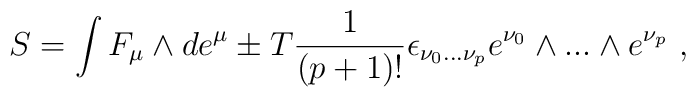
S=\int F_{\mu }\wedge de^{\mu }\pm T\frac{1}{(p+1)!}\epsilon _{\nu_{0}...\nu _{p}}e^{\nu _{0}}\wedge ...\wedge e^{\nu _{p}}\ ,